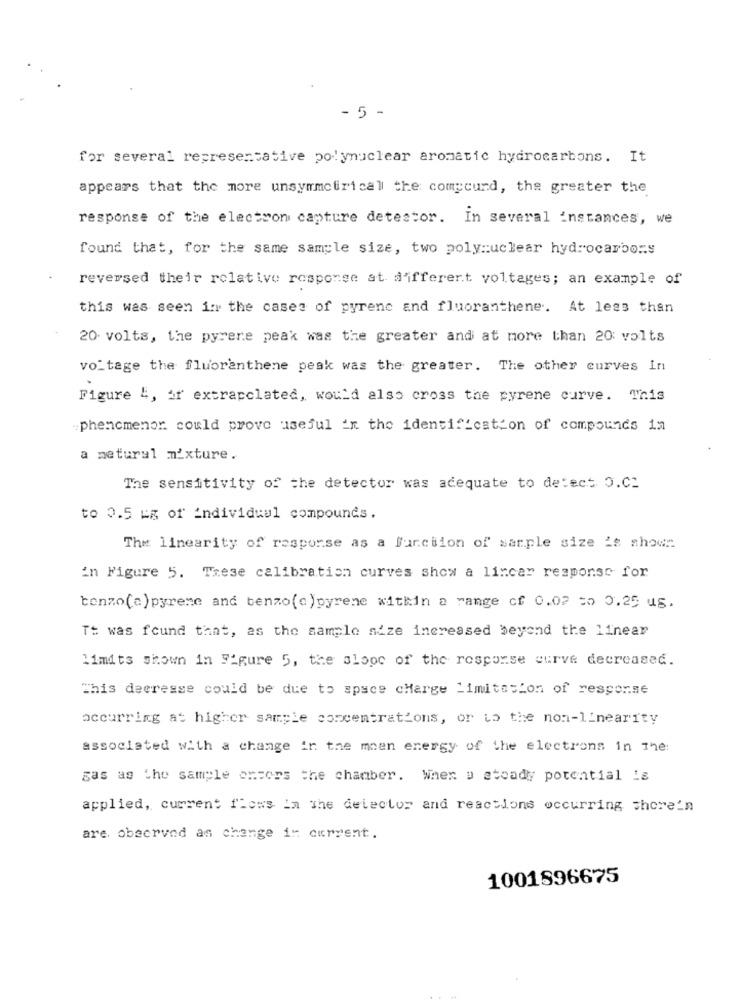
- 5 -
for several representative polynuclear aromatic hydrocarbons. It
appears that the more unsymmetricall the comycund, the greater the
response of the electron capture detestor. In several instances, we
found that, for the same sample size, two polynuclear hydrocarbons
reversed their relative response at different voltages; an example of
this was seen in the cases of pyrene and fluoranthene. At less than
20 volts, the pyrene peak was the greater and at more than 20: volts
voltage the fluoranthene peak was the greater. The other curves In
Figure 4, or extrarclated, would also cross the pyrene curve. This
phencmenor could prove useful in the identification of compounds 12
a metural mixture.
The sensitivity of the detector was adequate to detect 0.c.
to 0.5 kg of individual compounds.
The linearity of resporse as a function of sarple size is shown.
in Figure 5. These calibration curves show a lincar response for
benzo(a) pyrene and benzo(c)pyrene within a range of 0.02 =o 0.25 us.
Tt was found that, as the sample size increased beyond the linear
limits shown in Figure 5, the slope of the response curve decreased.
This deeresse could be due to space charge Limitation of resporse
occurring at higher sample concentrations, or to the non-linearity
associated with a change in the meen energy of the electrons in The
gas as the sample oncors the chamber. When u atcady potential is
applied, current flows In The detector and reactions occurring shore'n
are observed as change in current.
1001896675